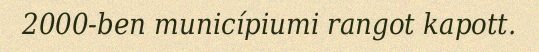
2000-ben municípiumi rangot kapott.